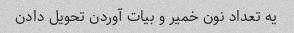
یه تعداد نون خمیر و بیات آوردن تحویل دادن